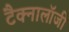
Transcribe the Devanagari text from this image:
टैक्नालॉजी